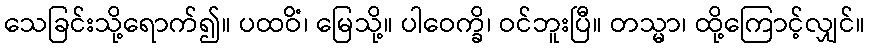
သေခြင်းသို့ရောက်၍။ ပထဝိံ၊ မြေသို့။ ပါဝေက္ခိ၊ ဝင်ဘူးပြီ။ တသ္မာ၊ ထို့ကြောင့်လျှင်။